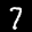
Label: 7